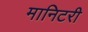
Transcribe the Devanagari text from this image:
मानिटरी